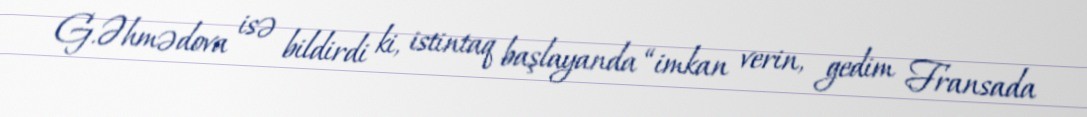
G.Əhmədova isə bildirdi ki, istintaq başlayanda “imkan verin, gedim Fransada